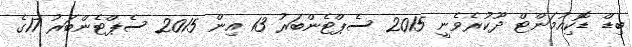
ބިޑް ޑޮކިއުމަންޓް ދޫކުރެވެނީ 2015 ސެޕްޓެންބަރު 13 އިން 2015 ސެޕްޓެންބަރު 17ގެ